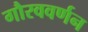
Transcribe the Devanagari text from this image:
गौरववर्णन